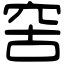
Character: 𥥖